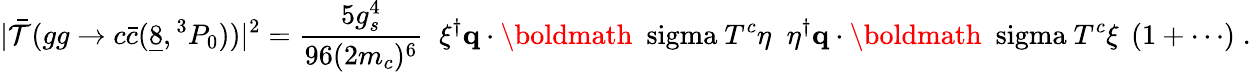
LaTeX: |\bar{{\cal T}}(gg\to c\bar{c}(\underline{{{8}}},{}^{3}P_{0}))|^{2}={\frac{5g_{s}^{4}}{96(2m_{c})^{6}}}\; \; \xi^{\dagger}{\mathbf q}\cdot\mathrm{\boldmath~\ sigma~}T^{c}\eta\; \; \eta^{\dagger}{\mathbf q}\cdot\mathrm{\boldmath~\ sigma~}T^{c}\xi\; \left(1+\cdots\right)\; .